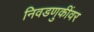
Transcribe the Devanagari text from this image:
निवडणुकींवर